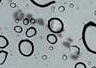
تتكلمون